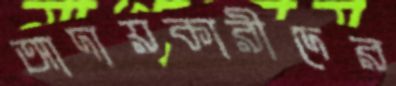
আদায়কারীদের